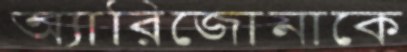
অ্যারিজোনাকে